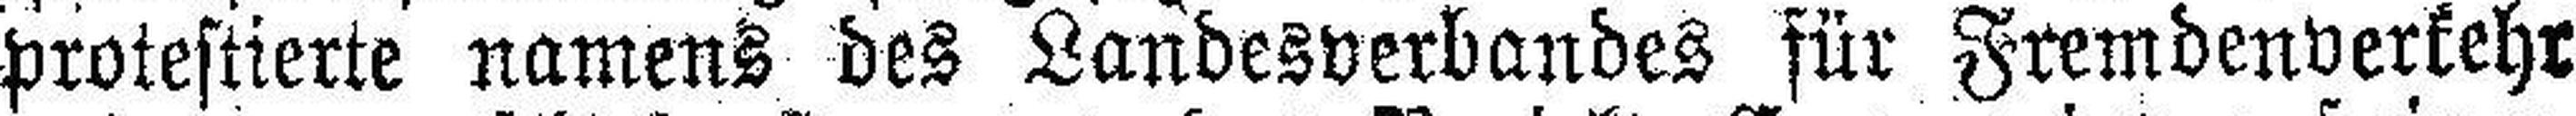
protestierte namens des Landesverbandes für Fremdenverkehr